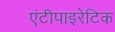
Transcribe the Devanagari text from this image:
एंटीपाइरेटिक